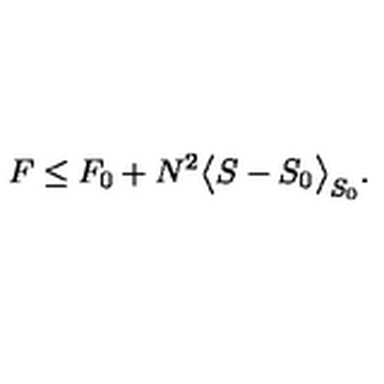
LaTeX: F \le F _ { 0 } + N ^ { 2 } \big < S - S _ { 0 } \big > _ { S _ { 0 } } .